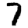
Digit: 7